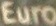
Euro